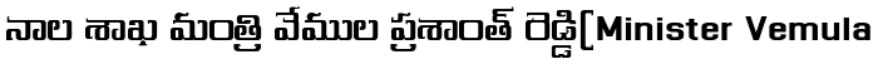
నాల శాఖ మంత్రి వేముల ప్రశాంత్ రెడ్డి(Minister Vemula